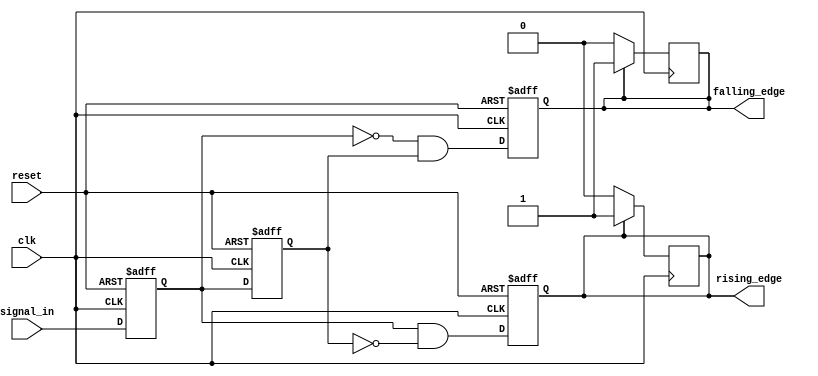
module glitch_free_edge_detector (
    input wire clk,              // Clock signal
    input wire reset,            // Asynchronous reset signal
    input wire signal_in,        // Input binary signal
    output reg rising_edge,      // Rising edge output signal
    output reg falling_edge      // Falling edge output signal
);

    // Memory blocks to store the current and previous states
    reg current_state;
    reg previous_state;

    // Edge detection logic
    always @(posedge clk or posedge reset) begin
        if (reset) begin
            // Initialize states on reset
            current_state <= 1'b0;
            previous_state <= 1'b0;
            rising_edge <= 1'b0;
            falling_edge <= 1'b0;
        end else begin
            // Update previous state and current state
            previous_state <= current_state;
            current_state <= signal_in;

            // Edge detection logic
            rising_edge <= (current_state && !previous_state); // Rising edge detected
            falling_edge <= (!current_state && previous_state); // Falling edge detected
        end
    end

    // Reset edge outputs after one clock cycle
    always @(posedge clk) begin
        if (rising_edge) begin
            rising_edge <= 1'b1; // Keep high for one cycle
        end else begin
            rising_edge <= 1'b0; // Reset after one cycle
        end

        if (falling_edge) begin
            falling_edge <= 1'b1; // Keep high for one cycle
        end else begin
            falling_edge <= 1'b0; // Reset after one cycle
        end
    end

endmodule